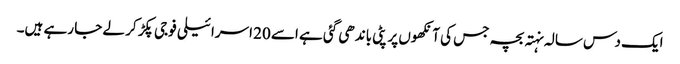
ایک دس سالہ نہتہ بچہ جس کی آنکھوں پر پٹی باندھی گئی ہے اسے 20 اسرائیلی فوجی پکڑ کر لے جا رہے ہیں۔